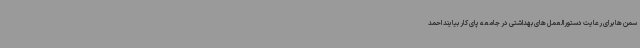
سمن ها برای رعایت دستورالعمل های بهداشتی در جامعه پای کار بیایند احمد